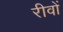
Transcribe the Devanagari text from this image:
रीवों